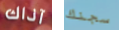
آذاك سجنك